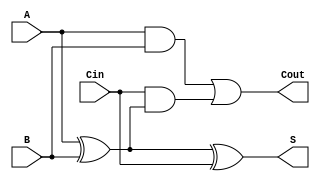
module LowPowerFullAdder (
    input wire A,      // First input bit
    input wire B,      // Second input bit
    input wire Cin,    // Carry-in bit
    output wire S,     // Sum output
    output wire Cout   // Carry-out output
);

// Internal signals for intermediate calculations
wire AxorB;         // Intermediate XOR result
wire AB;            // AND result of A and B
wire CinAndAxorB;  // AND result of Cin and (A XOR B)

// Calculate the sum using XOR gates
assign AxorB = A ^ B;          // A XOR B
assign S = AxorB ^ Cin;        // S = (A XOR B) XOR Cin

// Calculate the carry-out using AND and OR gates
assign AB = A & B;             // A AND B
assign CinAndAxorB = Cin & AxorB; // Cin AND (A XOR B)
assign Cout = AB | CinAndAxorB; // Cout = (A AND B) OR (Cin AND (A XOR B))

endmodule